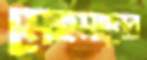
মেহমানের